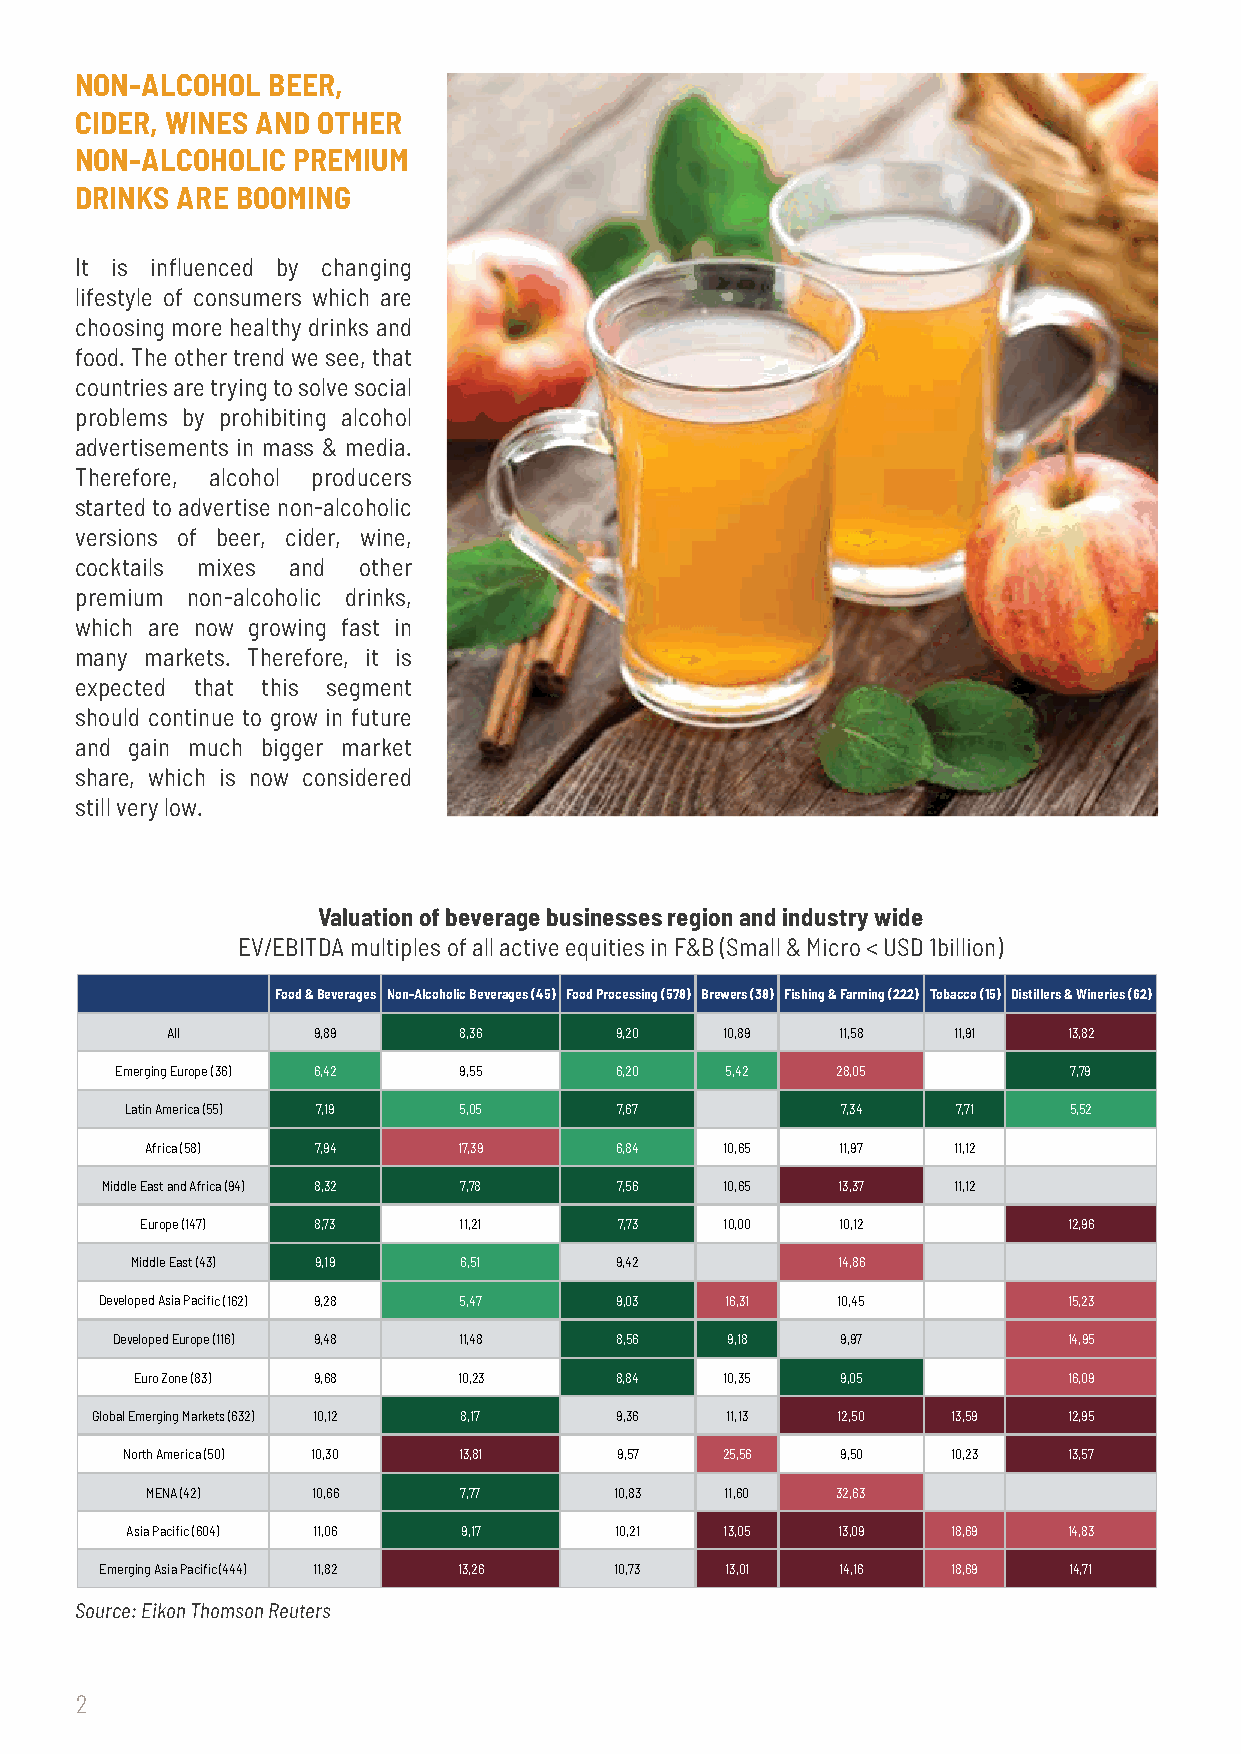
NON-ALCOHOL  BEER,
 CIDER, WINES AND OTHER
 NON-ALCOHOLIC PREMIUM
 DRINKS ARE BOOMING
 It is influenced by changing
 lifestyle of consumers which are
 choosing more healthy drinks and
 food. The other trend we see, that
 countries are trying to solve social
 problems by prohibiting alcohol
 advertisements in mass & media.
 Therefore, alcohol producers
 started to advertise non-alcoholic
 versions of beer, cider, wine,
 cocktails mixes and other
 premium non-alcoholic drinks,
 which are now growing fast in
 many markets. Therefore, it is
 expected that this segment
 should continue to grow in future
 and gain much bigger market
 share, which is now considered
 still very low.
 Valuation of beverage businesses region and industry wide
 EV/EBITDA multiples of all active equities in F&B (Small & Micro < USD 1billion)
 Food & Beverages Non-Alcoholic Beverages (45) Food Processing (578) Brewers (38) Fishing & Farming (222) Tobacco (15) Distillers & Wineries (62)
 All       9,89     8,36       9,20   10,89   11,58  11,91   13,82
 Emerging Europe (36) 6,42 9,55   6,20   5,42   28,05           7,79
 Latin America (55) 7,19 5,05     7,67           7,34   7,71    5,52
 Africa (58) 7,94    17,39      6,84   10,65   11,97  11,12
 Middle East and Africa (94) 8,32 7,78 7,56 10,65 13,37  11,12
 Europe (147) 8,73    11,21      7,73   10,00   10,12          12,96
 Middle East (43) 9,19 6,51      9,42          14,86
 Developed Asia Paci c (162) 9,28 5,47 9,03 16,31 10,45          15,23
 Developed Europe (116) 9,48 11,48 8,56   9,18    9,97           14,95
 Euro Zone (83) 9,68  10,23      8,84   10,35   9,05           16,09
 Global Emerging Markets (632) 10,12 8,17 9,36 11,13 12,50 13,59  12,95
 North America (50) 10,30 13,81   9,57   25,56   9,50   10,23   13,57
 MENA (42)  10,66    7,77       10,83  11,60  32,63
 Asia Paci c (604) 11,06 9,17     10,21  13,05  13,09   18,69   14,83
 Emerging Asia Paci c (444) 11,82 13,26 10,73 13,01 14,16 18,69  14,71
 Source: Eikon Thomson Reuters
 2